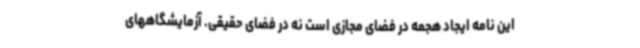
این نامه ایجاد هجمه در فضای مجازی است نه در فضای حقیقی. آزمایشگاههای